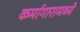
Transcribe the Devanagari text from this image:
कर्मागारामध्ये